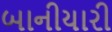
બાનીયારી